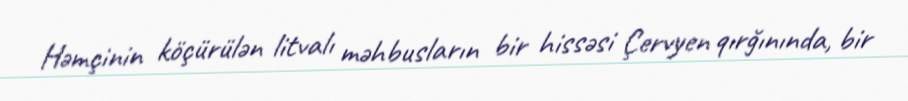
Həmçinin köçürülən litvalı məhbusların bir hissəsi Çervyen qırğınında, bir